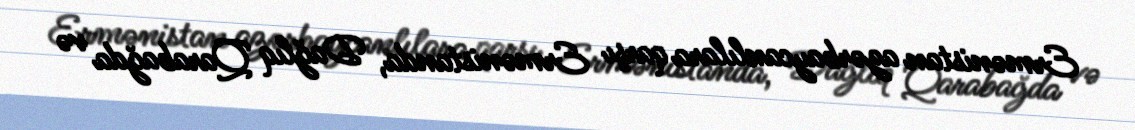
Ermənistan azərbaycanlılara qarşı Ermənistanda, Dağlıq Qarabağda və